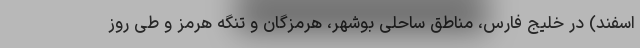
اسفند) در خلیج فارس، مناطق ساحلی بوشهر، هرمزگان و تنگه هرمز و طی روز